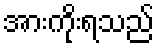
အားကိုးရသည်